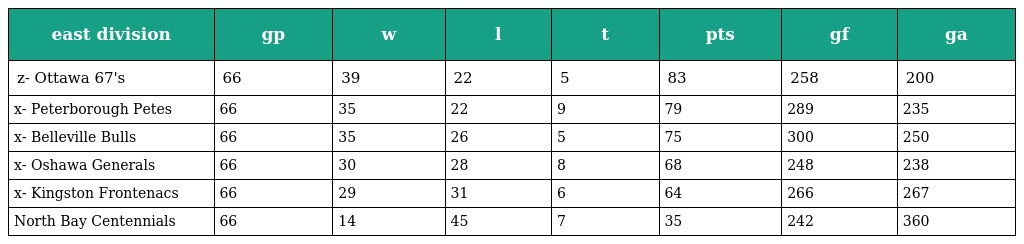
| east division | gp | w | l | t | pts | gf | ga |
 | --- | --- | --- | --- | --- | --- | --- | --- |
 | z- Ottawa 67's | 66 | 39 | 22 | 5 | 83 | 258 | 200 |
 | x- Peterborough Petes | 66 | 35 | 22 | 9 | 79 | 289 | 235 |
 | x- Belleville Bulls | 66 | 35 | 26 | 5 | 75 | 300 | 250 |
 | x- Oshawa Generals | 66 | 30 | 28 | 8 | 68 | 248 | 238 |
 | x- Kingston Frontenacs | 66 | 29 | 31 | 6 | 64 | 266 | 267 |
 | North Bay Centennials | 66 | 14 | 45 | 7 | 35 | 242 | 360 |